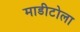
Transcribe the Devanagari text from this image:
माडीटोला